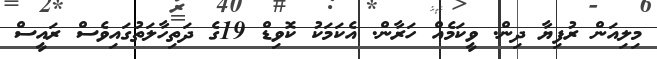
މިލިއަން ރުފިޔާ ދިން. ވީކަމެއް ހަރާން. އެކަމަކު ކޮވިޑް 19ގެ ދަތިހާލަތުގައިވެސް ރައީސް